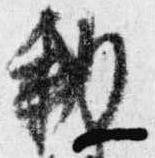
勅